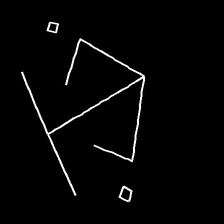
Glyph: earth